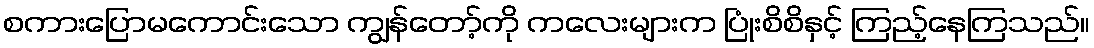
စကားပြောမကောင်းသော ကျွန်တော့်ကို ကလေးများက ပြုံးစိစိနှင့် ကြည့်နေကြသည်။